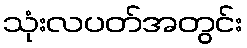
သုံးလပတ်အတွင်း